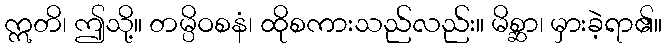
ဣတိ၊ ဤသို့။ တမ္ပိဝစနံ၊ ထိုစကားသည်လည်း။ မိစ္ဆာ၊ မှားခဲ့ရာ၏။